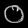
Digit: ၀